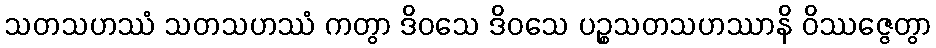
သတသဟဿံ သတသဟဿံ ကတွာ ဒိဝသေ ဒိဝသေ ပဉ္စသတသဟဿာနိ ဝိဿဇ္ဇေတွာ